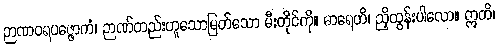
ဉာဏဝရပဇ္ဇောကံ၊ ဉာဏ်တည်းဟူသောမြတ်သော မီးတိုင်ကို။ ဓာရေဟိ၊ ညှိထွန်းပါလော။ ဣတိ၊